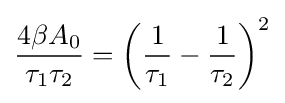
{\frac {4\beta A_{0}}{\tau _{1}\tau _{2}}}=\left({\frac {1}{\tau _{1}}}-{\frac {1}{\tau _{2}}}\right)^{2}